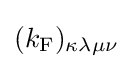
(k_{\mathrm {F} })_{\kappa \lambda \mu \nu }